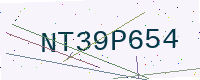
Text: NT39P654